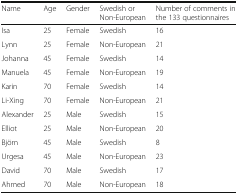
<table><thead><tr><td><b>Name</b></td><td><b>Age</b></td><td><b>Gender</b></td><td><b>Swedish or Non-European</b></td><td><b>Number of comments in the 133 questionnaires</b></td></tr></thead><tbody><tr><td>Isa</td><td>25</td><td>Female</td><td>Swedish</td><td>16</td></tr><tr><td>Lynn</td><td>25</td><td>Female</td><td>Non-European</td><td>21</td></tr><tr><td>Johanna</td><td>45</td><td>Female</td><td>Swedish</td><td>14</td></tr><tr><td>Manuela</td><td>45</td><td>Female</td><td>Non-European</td><td>19</td></tr><tr><td>Karin</td><td>70</td><td>Female</td><td>Swedish</td><td>14</td></tr><tr><td>Li-Xing</td><td>70</td><td>Female</td><td>Non-European</td><td>21</td></tr><tr><td>Alexander</td><td>25</td><td>Male</td><td>Swedish</td><td>15</td></tr><tr><td>Elliot</td><td>25</td><td>Male</td><td>Non-European</td><td>20</td></tr><tr><td>Björn</td><td>45</td><td>Male</td><td>Swedish</td><td>8</td></tr><tr><td>Urgesa</td><td>45</td><td>Male</td><td>Non-European</td><td>23</td></tr><tr><td>David</td><td>70</td><td>Male</td><td>Swedish</td><td>17</td></tr><tr><td>Ahmed</td><td>70</td><td>Male</td><td>Non-European</td><td>18</td></tr></tbody></table>